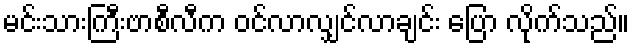
မင်းသားကြီးဗာစီလီက ဝင်လာလျှင်လာချင်း ပြော လိုက်သည်။